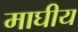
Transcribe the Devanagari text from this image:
माघीय